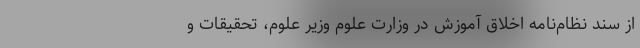
از سند نظام‌نامه اخلاق آموزش در وزارت علوم وزیر علوم،‌ تحقیقات و